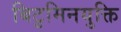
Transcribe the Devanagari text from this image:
बिटुमिनयुक्ति